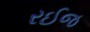
રઈજ